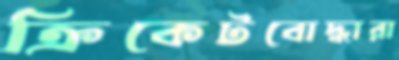
ক্রিকেটবোদ্ধারা